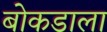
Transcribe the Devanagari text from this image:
बोकडाला